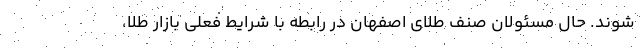
‌شوند. حال مسئولان صنف طلای اصفهان در رابطه با شرایط فعلی بازار طلا،